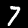
Digit: 7